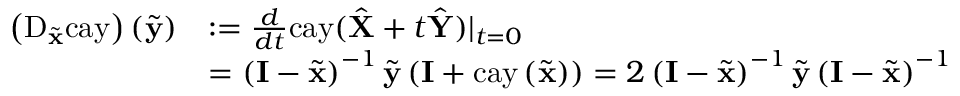
\begin{array} { r l } { \left( \mathrm { D } _ { \tilde { \mathbf { x } } } \mathrm { c a y } \right) \left( \tilde { \mathbf { y } } \right) } & { : = \frac { d } { d t } \mathrm { c a y } ( \hat { \mathbf { X } } + t \hat { \mathbf { Y } } ) | _ { t = 0 } } \\ & { = \left( \mathbf { I } - \tilde { \mathbf { x } } \right) ^ { - 1 } \tilde { \mathbf { y } } \left( \mathbf { I } + \mathrm { c a y } \left( \tilde { \mathbf { x } } \right) \right) = 2 \left( \mathbf { I } - \tilde { \mathbf { x } } \right) ^ { - 1 } \tilde { \mathbf { y } } \left( \mathbf { I } - \tilde { \mathbf { x } } \right) ^ { - 1 } } \end{array}